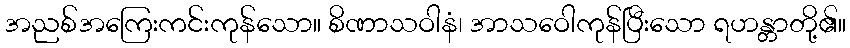
အညစ်အကြေးကင်းကုန်သော။ စိဏာသဝါနံ၊ အာသဝေါကုန်ပြီးသော ရဟန္တာတို့၏။